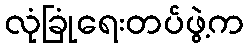
လုံခြုံရေးတပ်ဖွဲ့က